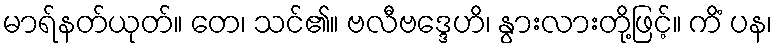
မာရ်နတ်ယုတ်။ တေ၊ သင်၏။ ဗလီဗဒ္ဒေဟိ၊ နွားလားတို့ဖြင့်။ ကိံ ပန၊